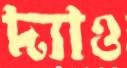
দ্যাও